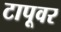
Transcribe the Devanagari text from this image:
टापूवर